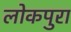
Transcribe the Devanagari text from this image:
लोकपुरा